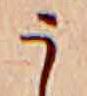
う